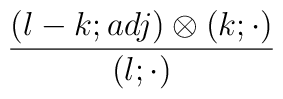
{\frac{(l-k;adj)\otimes(k;\cdot)}{(l;\cdot)}}